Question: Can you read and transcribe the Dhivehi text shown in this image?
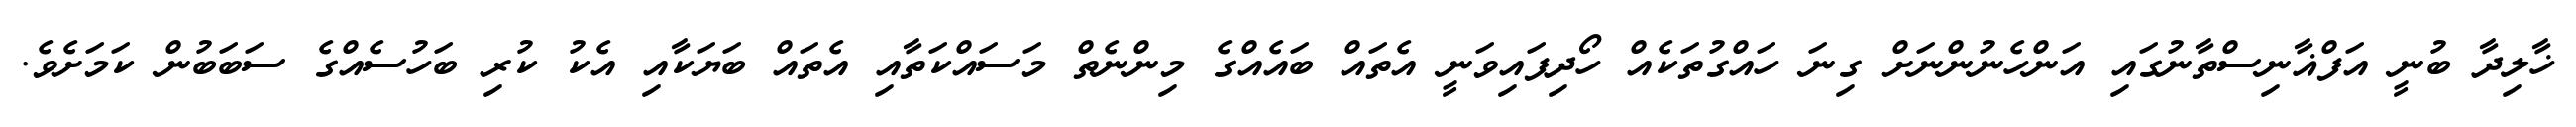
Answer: ޚާލިދާ ބުނީ އަފްޣާނިސްތާނުގައި އަންހެނުންނަށް ގިނަ ހައްގުތަކެއް ހޯދިފައިވަނީ އެތައް ބައެއްގެ މިންނެތް މަސައްކަތާއި އެތައް ބަޔަކާއި އެކު ކުރި ބަހުސެއްގެ ސަބަބުން ކަމަށެވެ.